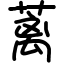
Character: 蓠